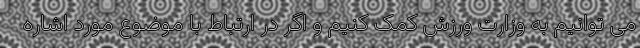
می توانیم به وزارت ورزش کمک کنیم و اگر در ارتباط با موضوع مورد اشاره